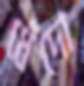
ধেঁদো